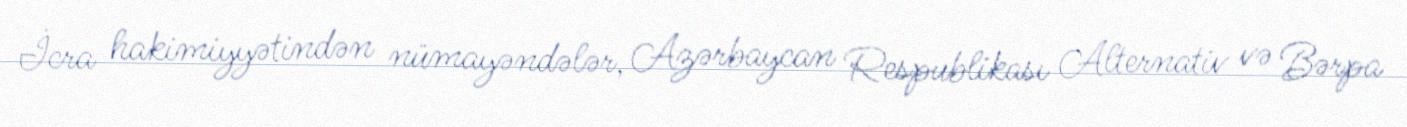
İcra hakimiyyətindən nümayəndələr, Azərbaycan Respublikası Alternativ və Bərpa